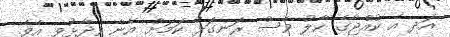
އަދި އެ ކުއްޖާގެ ހާލު ވެސް ރަނގަޅު ކަމަށް އޭނާ ވިދާޅުވި އެވެ.